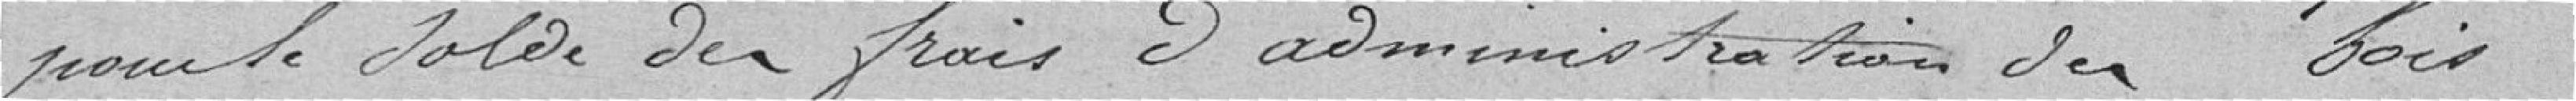
pour le solde des frais d'administration des bois